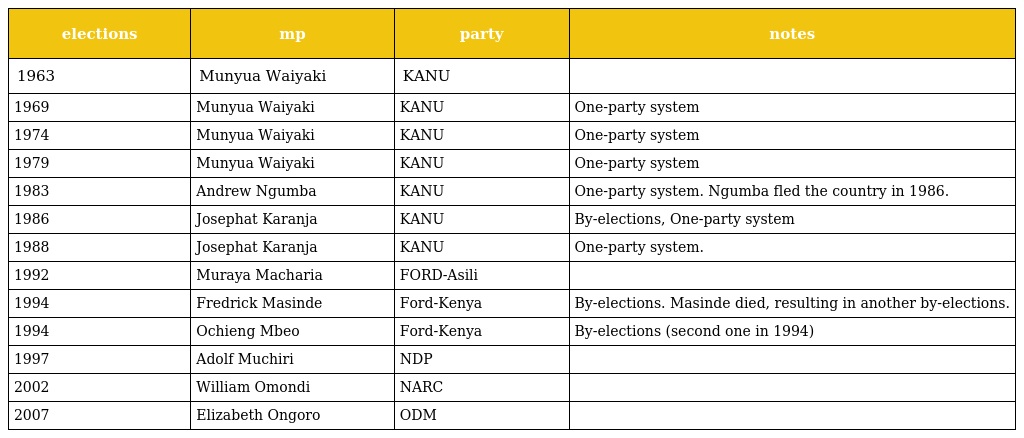
| elections | mp | party | notes |
 | --- | --- | --- | --- |
 | 1963 | Munyua Waiyaki | KANU |  |
 | 1969 | Munyua Waiyaki | KANU | One-party system |
 | 1974 | Munyua Waiyaki | KANU | One-party system |
 | 1979 | Munyua Waiyaki | KANU | One-party system |
 | 1983 | Andrew Ngumba | KANU | One-party system. Ngumba fled the country in 1986. |
 | 1986 | Josephat Karanja | KANU | By-elections, One-party system |
 | 1988 | Josephat Karanja | KANU | One-party system. |
 | 1992 | Muraya Macharia | FORD-Asili |  |
 | 1994 | Fredrick Masinde | Ford-Kenya | By-elections. Masinde died, resulting in another by-elections. |
 | 1994 | Ochieng Mbeo | Ford-Kenya | By-elections (second one in 1994) |
 | 1997 | Adolf Muchiri | NDP |  |
 | 2002 | William Omondi | NARC |  |
 | 2007 | Elizabeth Ongoro | ODM |  |